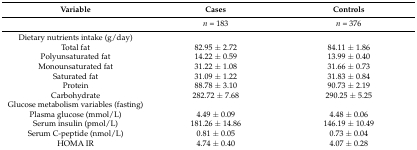
<table><thead><tr><td><b>Variable</b></td><td><b>Cases</b></td><td><b>Controls</b></td></tr></thead><tbody><tr><td></td><td><i>n</i> = 183</td><td><i>n</i> = 376</td></tr><tr><td>Dietary nutrients intake (g/day)</td><td></td><td></td></tr><tr><td>Total fat</td><td>82.95 ± 2.72</td><td>84.11 ± 1.86</td></tr><tr><td>Polyunsaturated fat</td><td>14.22 ± 0.59</td><td>13.99 ± 0.40</td></tr><tr><td>Monounsaturated fat</td><td>31.22 ± 1.08</td><td>31.66 ± 0.73</td></tr><tr><td>Saturated fat</td><td>31.09 ± 1.22</td><td>31.83 ± 0.84</td></tr><tr><td>Protein</td><td>88.78 ± 3.10</td><td>90.73 ± 2.19</td></tr><tr><td>Carbohydrate</td><td>282.72 ± 7.68</td><td>290.25 ± 5.25</td></tr><tr><td>Glucose metabolism variables (fasting)</td><td></td><td></td></tr><tr><td>Plasma glucose (mmol/L)</td><td>4.49 ± 0.09</td><td>4.48 ± 0.06</td></tr><tr><td>Serum insulin (pmol/L)</td><td>181.26 ± 14.86</td><td>146.19 ± 10.49</td></tr><tr><td>Serum C-peptide (nmol/L)</td><td>0.81 ± 0.05</td><td>0.73 ± 0.04</td></tr><tr><td>HOMA IR</td><td>4.74 ± 0.40</td><td>4.07 ± 0.28</td></tr></tbody></table>